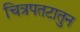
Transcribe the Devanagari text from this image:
चित्रपतटातुन